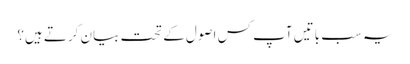
یہ سب باتیں آپ کس اصول کے تحت بیان کرتے ہیں؟